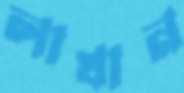
লাখান